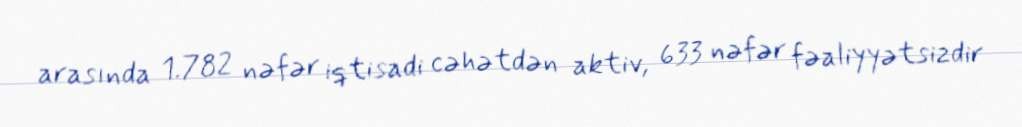
arasında 1.782 nəfər iqtisadi cəhətdən aktiv, 633 nəfər fəaliyyətsizdir